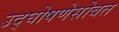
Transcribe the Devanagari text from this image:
उद्घोषणेसोबत